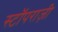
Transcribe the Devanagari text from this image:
स्टॉपराज़ी